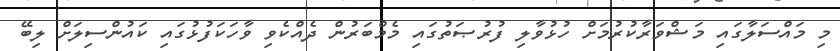
މި މައްސަލާގައި މަޝްވަރާކުރުމަށް ހުޅުވާލި ފުރުޞަތުގައި މެމްބަރުން ދެއްކެވި ވާހަކަފުޅުގައި ކައުންސިލަށް ލިބޭ